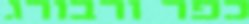
כפר ורבורג